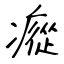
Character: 瘲